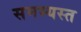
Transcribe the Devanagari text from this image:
समभ्यस्त